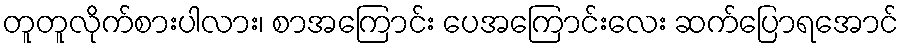
တူတူလိုက်စားပါလား၊ စာအကြောင်း ပေအကြောင်းလေး ဆက်ပြောရအောင်